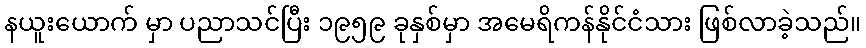
နယူးယောက် မှာ ပညာသင်ပြီး ၁၉၅၉ ခုနှစ်မှာ အမေရိကန်နိုင်ငံသား ဖြစ်လာခဲ့သည်။